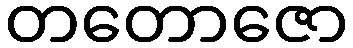
တတောဇော